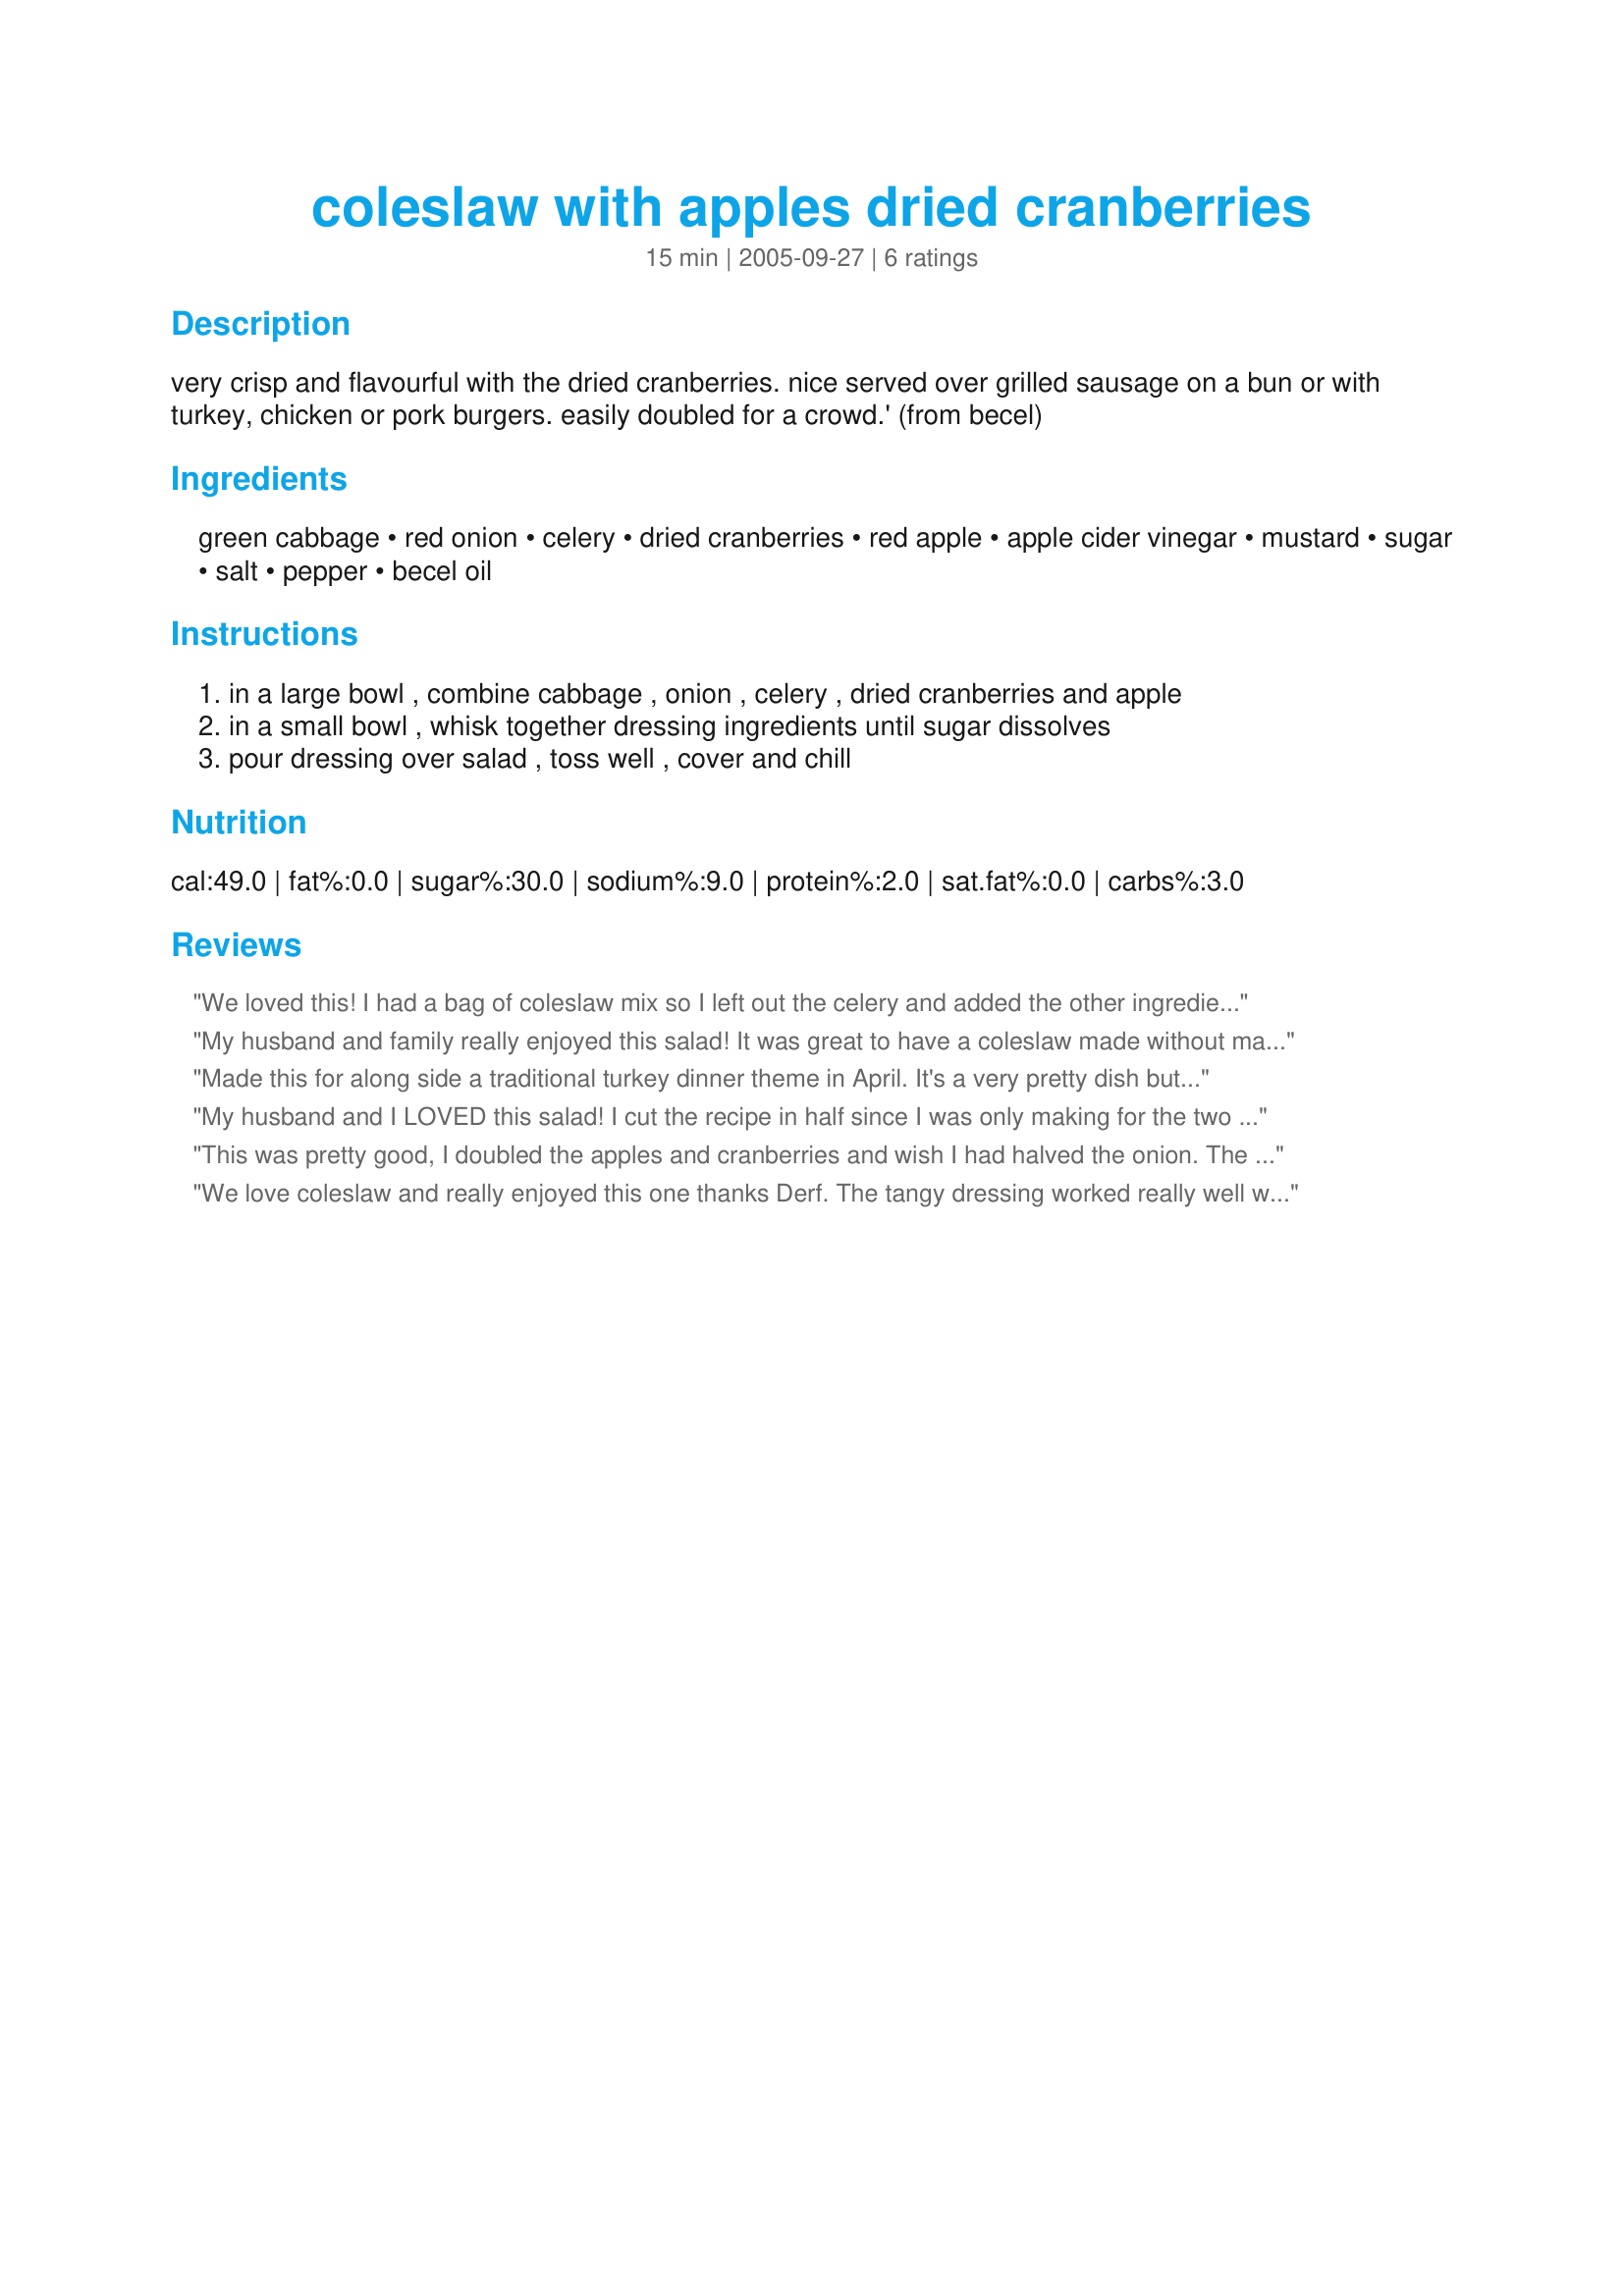
coleslaw with apples dried cranberries
Preparation time: 15 minutes

very crisp and flavourful with the dried cranberries. nice served over grilled sausage on a bun or with turkey, chicken or pork burgers. easily doubled for a crowd.'
(from becel)

Ingredients:
green cabbage, red onion, celery, dried cranberries, red apple, apple cider vinegar, mustard, sugar, salt, pepper, becel oil

Steps:
in a large bowl , combine cabbage , onion , celery , dried cranberries and apple, in a small bowl , whisk together dressing ingredients until sugar dissolves, pour dressing over salad , toss well , cover and chill

Reviews:
We loved this! I had a bag of coleslaw mix so I left out the celery and added the other ingredients. I used safflower oil for the oil. Excellent flavor. I served it with kabobs. Thanks, Derf, for a healthy tasty recipe for summer!
My husband and family really enjoyed this salad! It was great to have a coleslaw made without mayonaise to save calories. Thank you very much.
Made this for along side a traditional turkey dinner theme in April. It's a very pretty dish but rather bland in taste I thought. Probably won't repeat.
My husband and I LOVED this salad! I cut the recipe in half since I was only making for the two of us. I added about 1/3 cup of shredded carrots and left out the celery. I used regular mustard, added more pepper, and used olive oil in place of the vegetable oil. We thought it was very flavorful and not bland at all. Will definitely be a recipe we will make again and share with friends and family.
This was pretty good, I doubled the apples and cranberries and wish I had halved the onion. The dressing was very yummy. I wouldn't call it bland. I'll probably try one more time when it doesn't have a whole turkey dinner to compete with.
We love coleslaw and really enjoyed this one thanks Derf. The tangy dressing worked really well with the sweet crasins and apple. I made this to serve with a turkey meatloaf and found it an excellent match. We will definately make this again!
